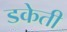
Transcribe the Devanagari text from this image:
डकेती